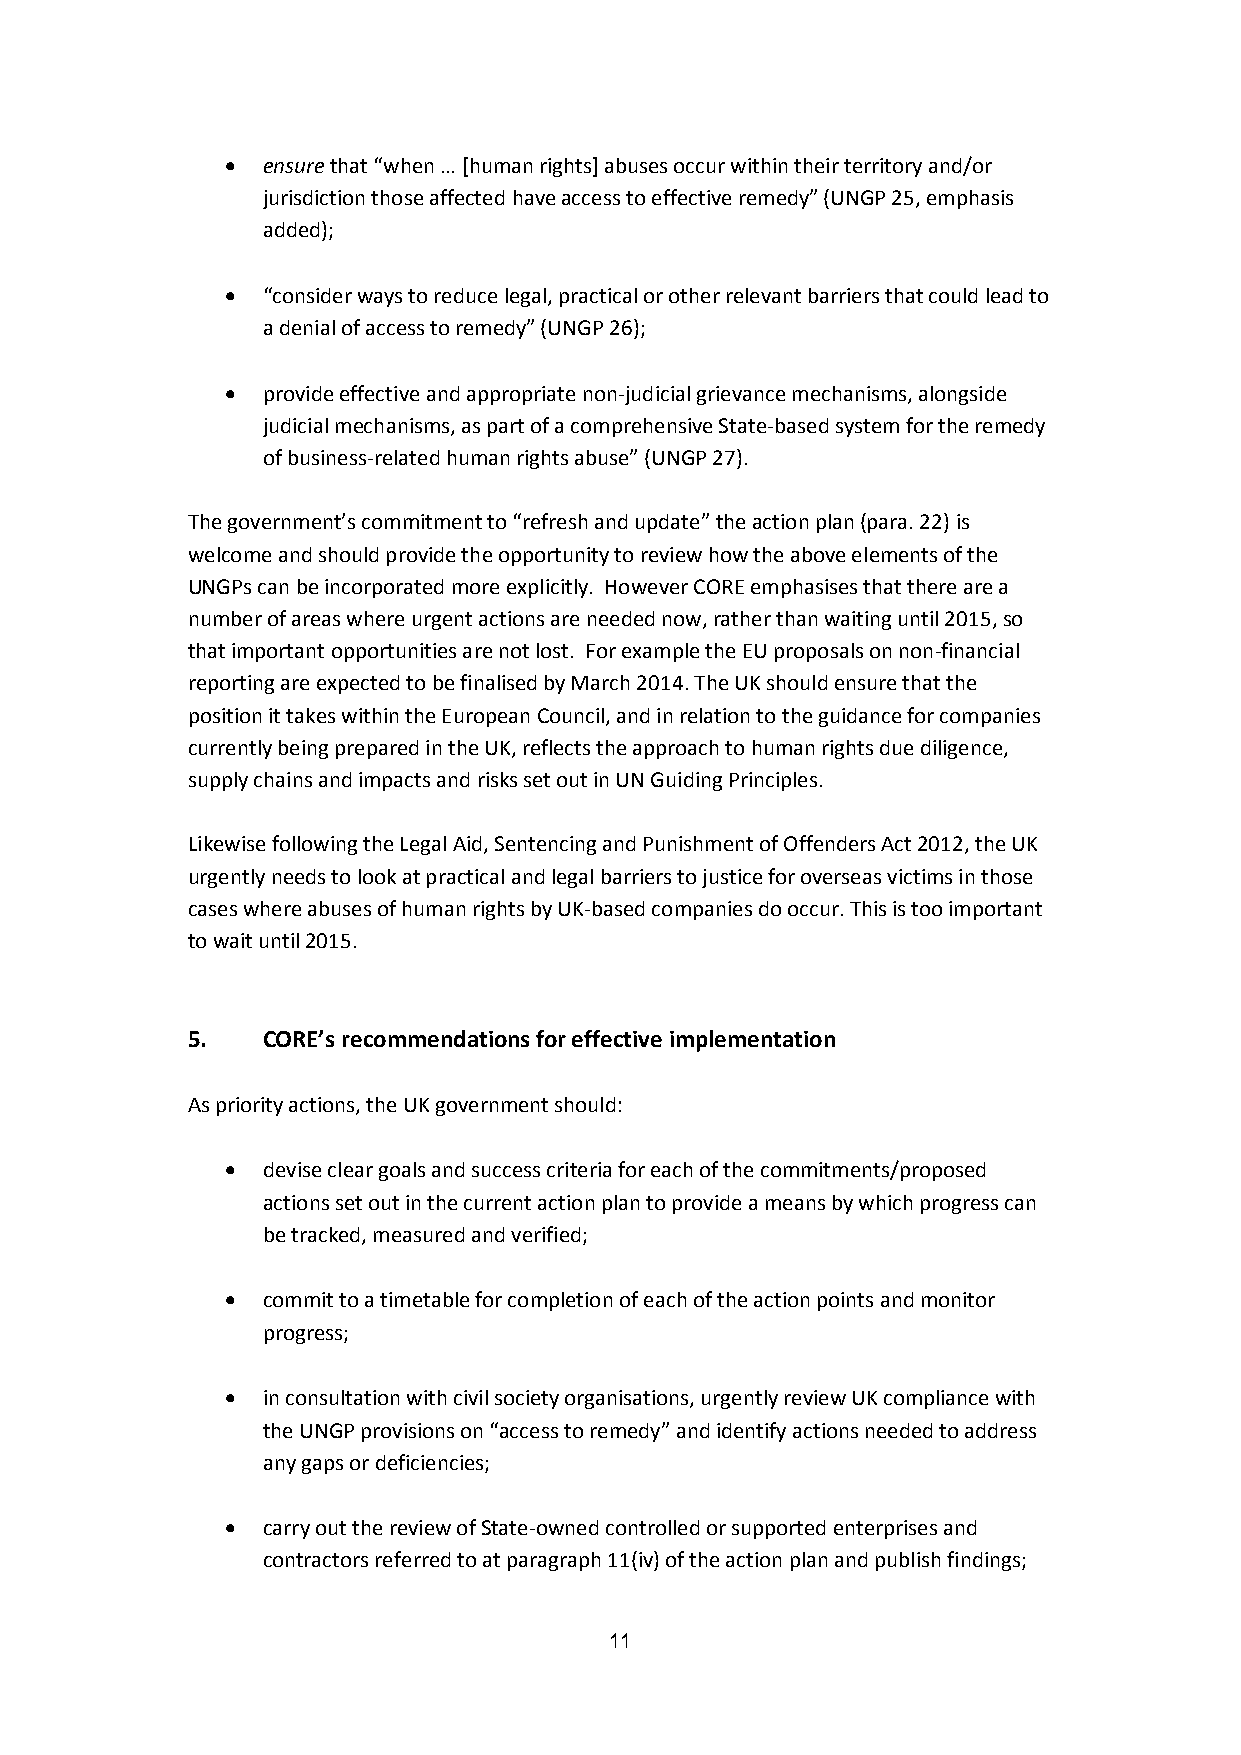
 ensure that “when … [human rights] abuses occur within their territory and/or
 jurisdiction those affected have access to effective remedy” (UNGP 25, emphasis
 added);
  “consider ways to reduce legal, practical or other relevant barriers that could lead to
 a denial of access to remedy” (UNGP 26);
  provide effective and appropriate non-judicial grievance mechanisms, alongside
 judicial mechanisms, as part of a comprehensive State-based system for the remedy
 of business-related human rights abuse” (UNGP 27).
 The government’s commitment to “refresh and update” the action plan (para. 22) is
 welcome and should provide the opportunity to review how the above elements of the
 UNGPs can be incorporated more explicitly. However CORE emphasises that there are a
 number of areas where urgent actions are needed now, rather than waiting until 2015, so
 that important opportunities are not lost. For example the EU proposals on non-financial
 reporting are expected to be finalised by March 2014. The UK should ensure that the
 position it takes within the European Council, and in relation to the guidance for companies
 currently being prepared in the UK, reflects the approach to human rights due diligence,
 supply chains and impacts and risks set out in UN Guiding Principles.
 Likewise following the Legal Aid, Sentencing and Punishment of Offenders Act 2012, the UK
 urgently needs to look at practical and legal barriers to justice for overseas victims in those
 cases where abuses of human rights by UK-based companies do occur. This is too important
 to wait until 2015.
 5.   CORE’s recommendations for effective implementation
 As priority actions, the UK government should:
  devise clear goals and success criteria for each of the commitments/proposed
 actions set out in the current action plan to provide a means by which progress can
 be tracked, measured and verified;
  commit to a timetable for completion of each of the action points and monitor
 progress;
  in consultation with civil society organisations, urgently review UK compliance with
 the UNGP provisions on “access to remedy” and identify actions needed to address
 any gaps or deficiencies;
  carry out the review of State-owned controlled or supported enterprises and
 contractors referred to at paragraph 11(iv) of the action plan and publish findings;
 11